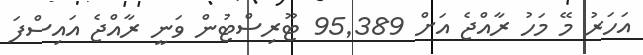
އަހަރު މޭ މަހު ރާއްޖެ އަށް 95